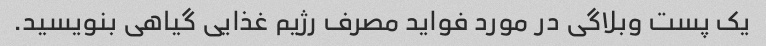
یک پست وبلاگی در مورد فواید مصرف رژیم غذایی گیاهی بنویسید.